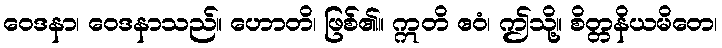
ဝေဒနာ၊ ဝေဒနာသည်။ ဟောတိ၊ ဖြစ်၏။ ဣတိ ဧဝံ၊ ဤသို့။ စိတ္တနိယမိတေ၊